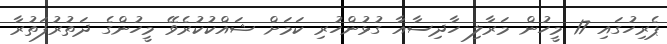
ޕެރިހުގައި 17 މީހުން މަރާލި ހާދިސާއާ ގުޅުންހުރި ކަމަށް ޝައްކުކުރެވޭ މީހުންގެ ދަތުރުފަތުރާ